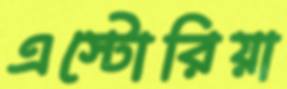
এস্টোরিয়া